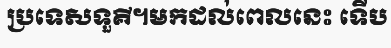
ប្រទេសទួគី។មកដល់ពេលនេះ ទើប